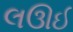
લઊઈ